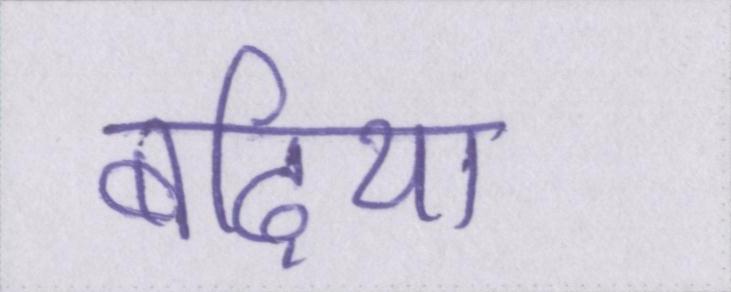
बढ़िया